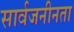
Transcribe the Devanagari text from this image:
सार्वजनीनता